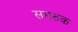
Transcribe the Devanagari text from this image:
समरुक